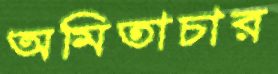
অমিতাচার